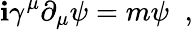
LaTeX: \mathbf{i}\gamma^{\mu}\partial_{\mu}\psi=m\psi\; \; ,